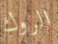
الروك